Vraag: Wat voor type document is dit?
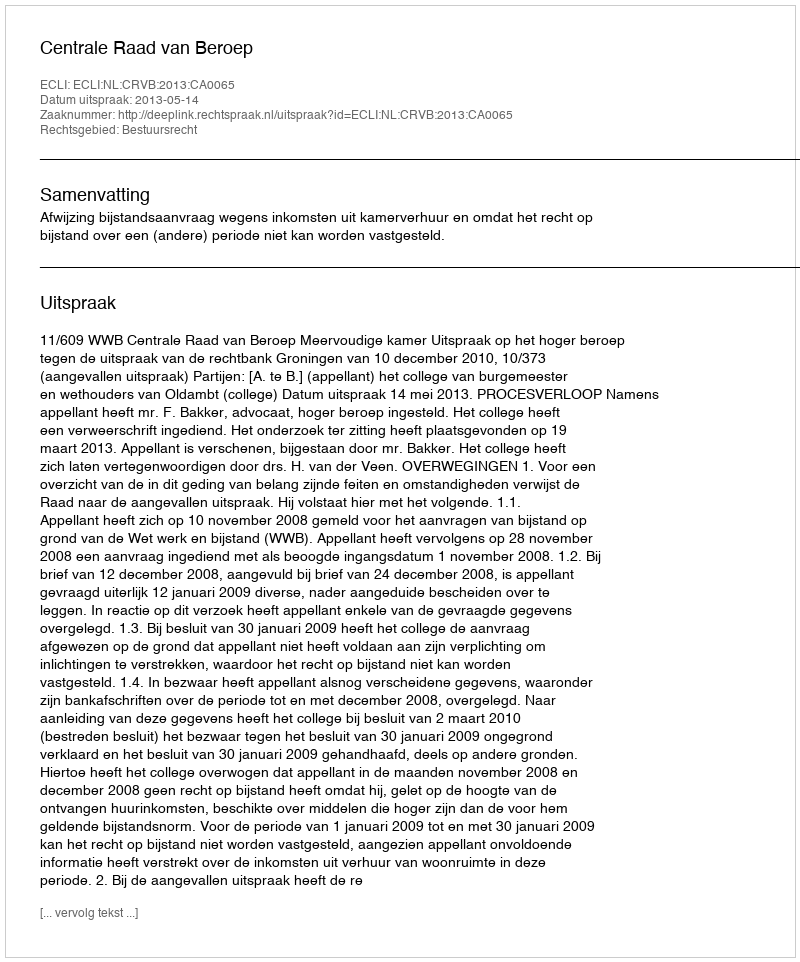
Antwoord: Uitspraak